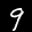
Label: 9